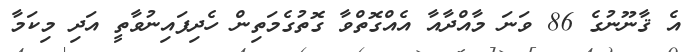
އެ ޤާނޫނުގެ 86 ވަނަ މާއްދާއާ އެއްގޮތްވާ ގޮތުގެމަތިން ހެދިފައިނުވާތީ އަދި މިކަމާ